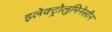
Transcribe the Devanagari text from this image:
इलेक्ट्रोलुमिनेसीन